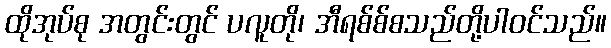
ထိုအုပ်စု အတွင်းတွင် ပလူတို၊ အီရစ်စ်စသည်တို့ပါဝင်သည်။